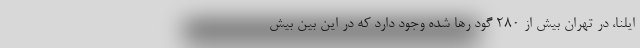
ایلنا، در تهران بیش از ۲۸۰ گود رها شده وجود دارد که در این بین بیش